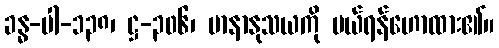
ခန္ဓ-ပါ-၁၃၈၊ ဋ္ဌ-၃၀၆၊ မာနာနုသယကို ပယ်ရန်ဟောထား၏။